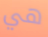
هي